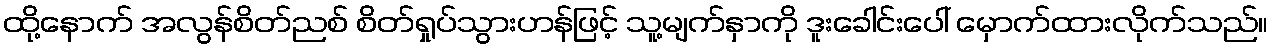
ထို့နောက် အလွန်စိတ်ညစ် စိတ်ရှုပ်သွားဟန်ဖြင့် သူ့မျက်နှာကို ဒူးခေါင်းပေါ် မှောက်ထားလိုက်သည်။